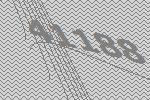
41188